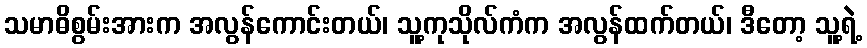
သမာဓိစွမ်းအားက အလွန်ကောင်းတယ်၊ သူ့ကုသိုလ်ကံက အလွန်ထက်တယ်၊ ဒီတော့ သူ့ရဲ့